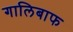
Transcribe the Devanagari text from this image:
गालिबाफ